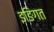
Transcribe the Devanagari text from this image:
इङिगत